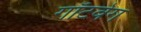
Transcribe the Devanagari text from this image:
गॉटवेग